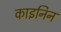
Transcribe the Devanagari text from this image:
काइनिन